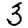
Digit: 3